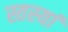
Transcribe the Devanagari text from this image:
स्तस्यां